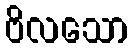
ဗိလသော